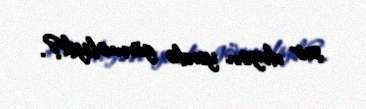
şeir deyən yerdə görməliyik?.